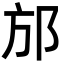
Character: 邡